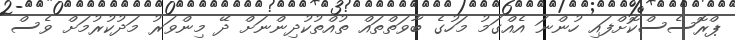
ޕްރޮސެސްކޮށްފައި ހުންނަ އެއްގަމު މަހުގެ ބާވަތްތައް ތުއްތުކުދިންނަށް ދޭ މިންވަރު މަދުކުރުމަށް ވެސް